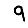
Digit: 9